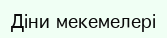
Діни мекемелері